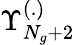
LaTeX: \Upsilon_{N_{g}+2}^{(.)}